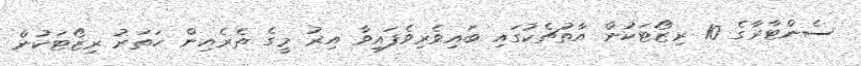
ސެންޓާރާގެ 10 ރިޒޯޓަކުން އާތުޗެކުގައި ބައިވެރިވެފައިވާ އިރު މީގެ ތެރެއިން ހަތަރު ރިޒޯޓަކުން